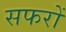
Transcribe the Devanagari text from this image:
सफरों